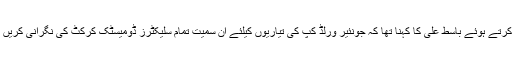
قذافی اسٹیڈیم لاہور میں میڈیا سے بات چیت کرتے ہوئے باسط علی کا کہنا تھا کہ جونئیر ورلڈ کپ کی تیاریوں کیلئے ان سمیت تمام سلیکٹرز ڈومیسٹک کرکٹ کی نگرانی کریں گے تاکہ بہترین ٹیلنٹ کو سامنے لایا جائے۔